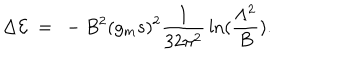
\Delta { \cal E } ~ = ~ - B ^ { 2 } ( g _ { m } s ) ^ { 2 } { \frac { 1 } { 3 2 \pi ^ { 2 } } } \ln ( { \frac { \Lambda ^ { 2 } } { B } } ) .